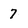
Character: 7